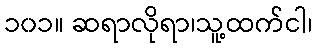
၁၀၁။ ဆရာလိုရာ၊သူ့ထက်ငါ၊